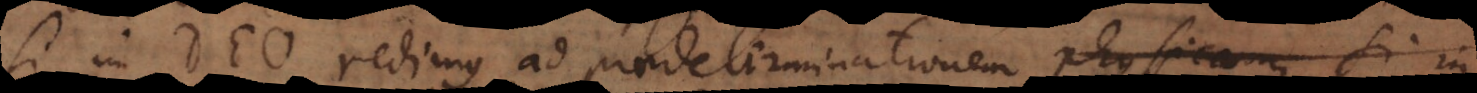
Si in Deo redimus ad praedeterminationem physicam, si in